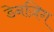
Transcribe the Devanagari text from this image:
डेनज़िग